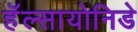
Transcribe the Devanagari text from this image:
हॅल्सायोनिडे